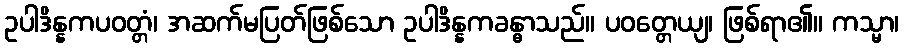
ဥပါဒိန္နကပဝတ္တံ၊ အဆက်မပြတ်ဖြစ်သော ဥပါဒိန္နကခန္ဓာသည်။ ပဝတ္တေယျ၊ ဖြစ်ရာ၏။ ကသ္မာ၊